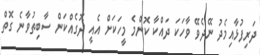
ދަރިފުޅާއިމެދު ނޭދެވޭ ވާހަކަ ދައްކާ ކޮންމެ މީހަކަށް އެއީ ދޮގެއްކަން ސާބިތުވާނެ ގޮތް